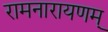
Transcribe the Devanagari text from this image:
रामनारायणम्